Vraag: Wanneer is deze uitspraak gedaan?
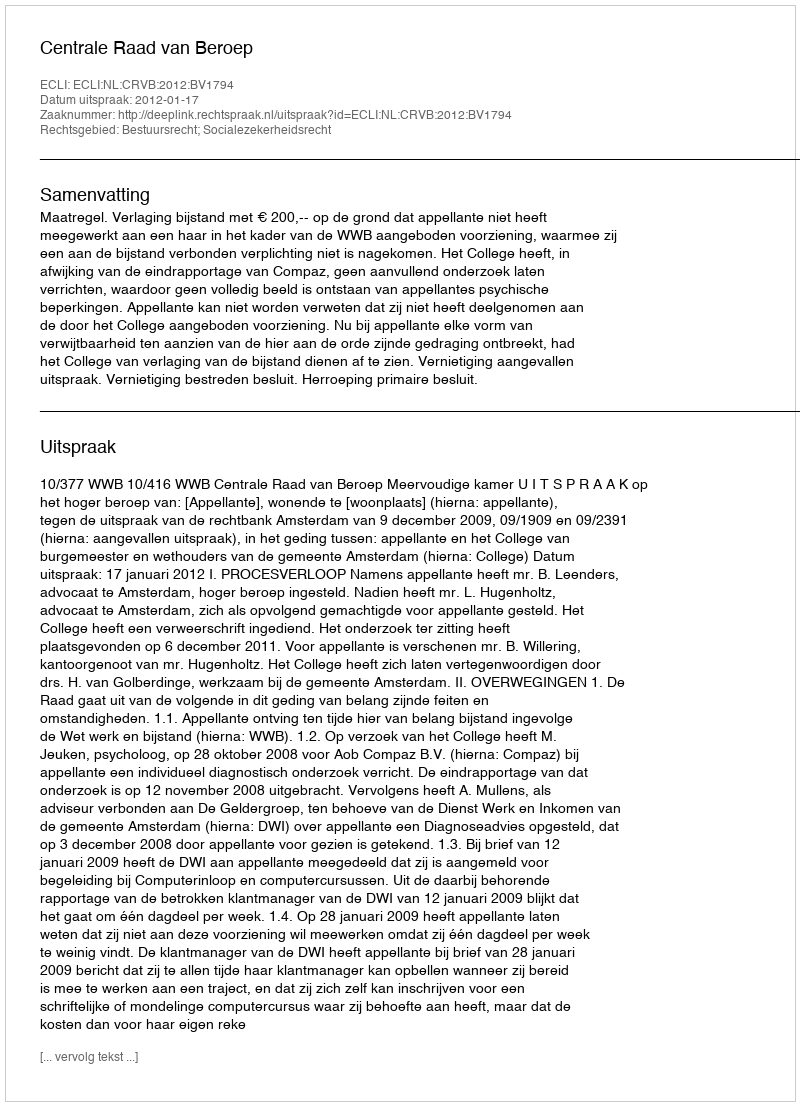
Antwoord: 2012-01-17